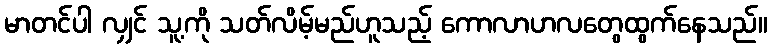
မာတင်ပါ လျှင် သူ့ကို သတ်လိမ့်မည်ဟူသည့် ကောလာဟလတွေထွက်နေသည်။